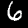
Digit: 6